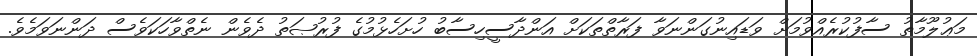
މަޢުލޫމާތު ސާފުކުރެއްވުމަށް ވަޑައިނުގަންނަވާ ފަރާތްތަކަށް އަންދާސީހިސާބު ހުށަހެޅުމުގެ ފުރުޞަތު ދެވެން ނެތްވާހަކަވެސް ދަންނަވަމެވެ.